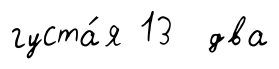
густа́я 13 два